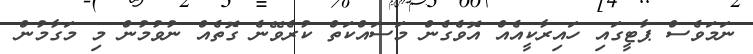
ނަމަވެސް ޕާޓީގައި ހައިރާކީއެއް އޮވެގެން މަސައްކަތް ކުރެވޭނެ ގޮތެއް ނުވުމުން މި މަގާމުން